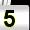
Digit: 5